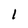
Character: 1